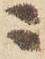
ニ